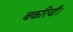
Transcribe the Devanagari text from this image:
बकरियाँ।